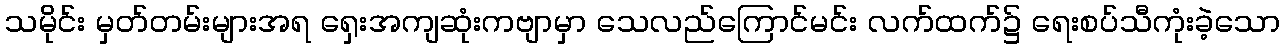
သမိုင်း မှတ်တမ်းများအရ ရှေးအကျဆုံးကဗျာမှာ သေလည်ကြောင်မင်း လက်ထက်၌ ရေးစပ်သီကုံးခဲ့သော